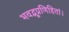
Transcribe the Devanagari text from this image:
भवद्भूप्रणिहितां।